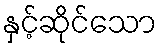
နှင့်ဆိုင်သော